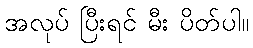
အလုပ် ပြီးရင် မီး ပိတ်ပါ။